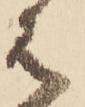
は